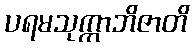
ပရမသုက္ကာဘိဇာတိ